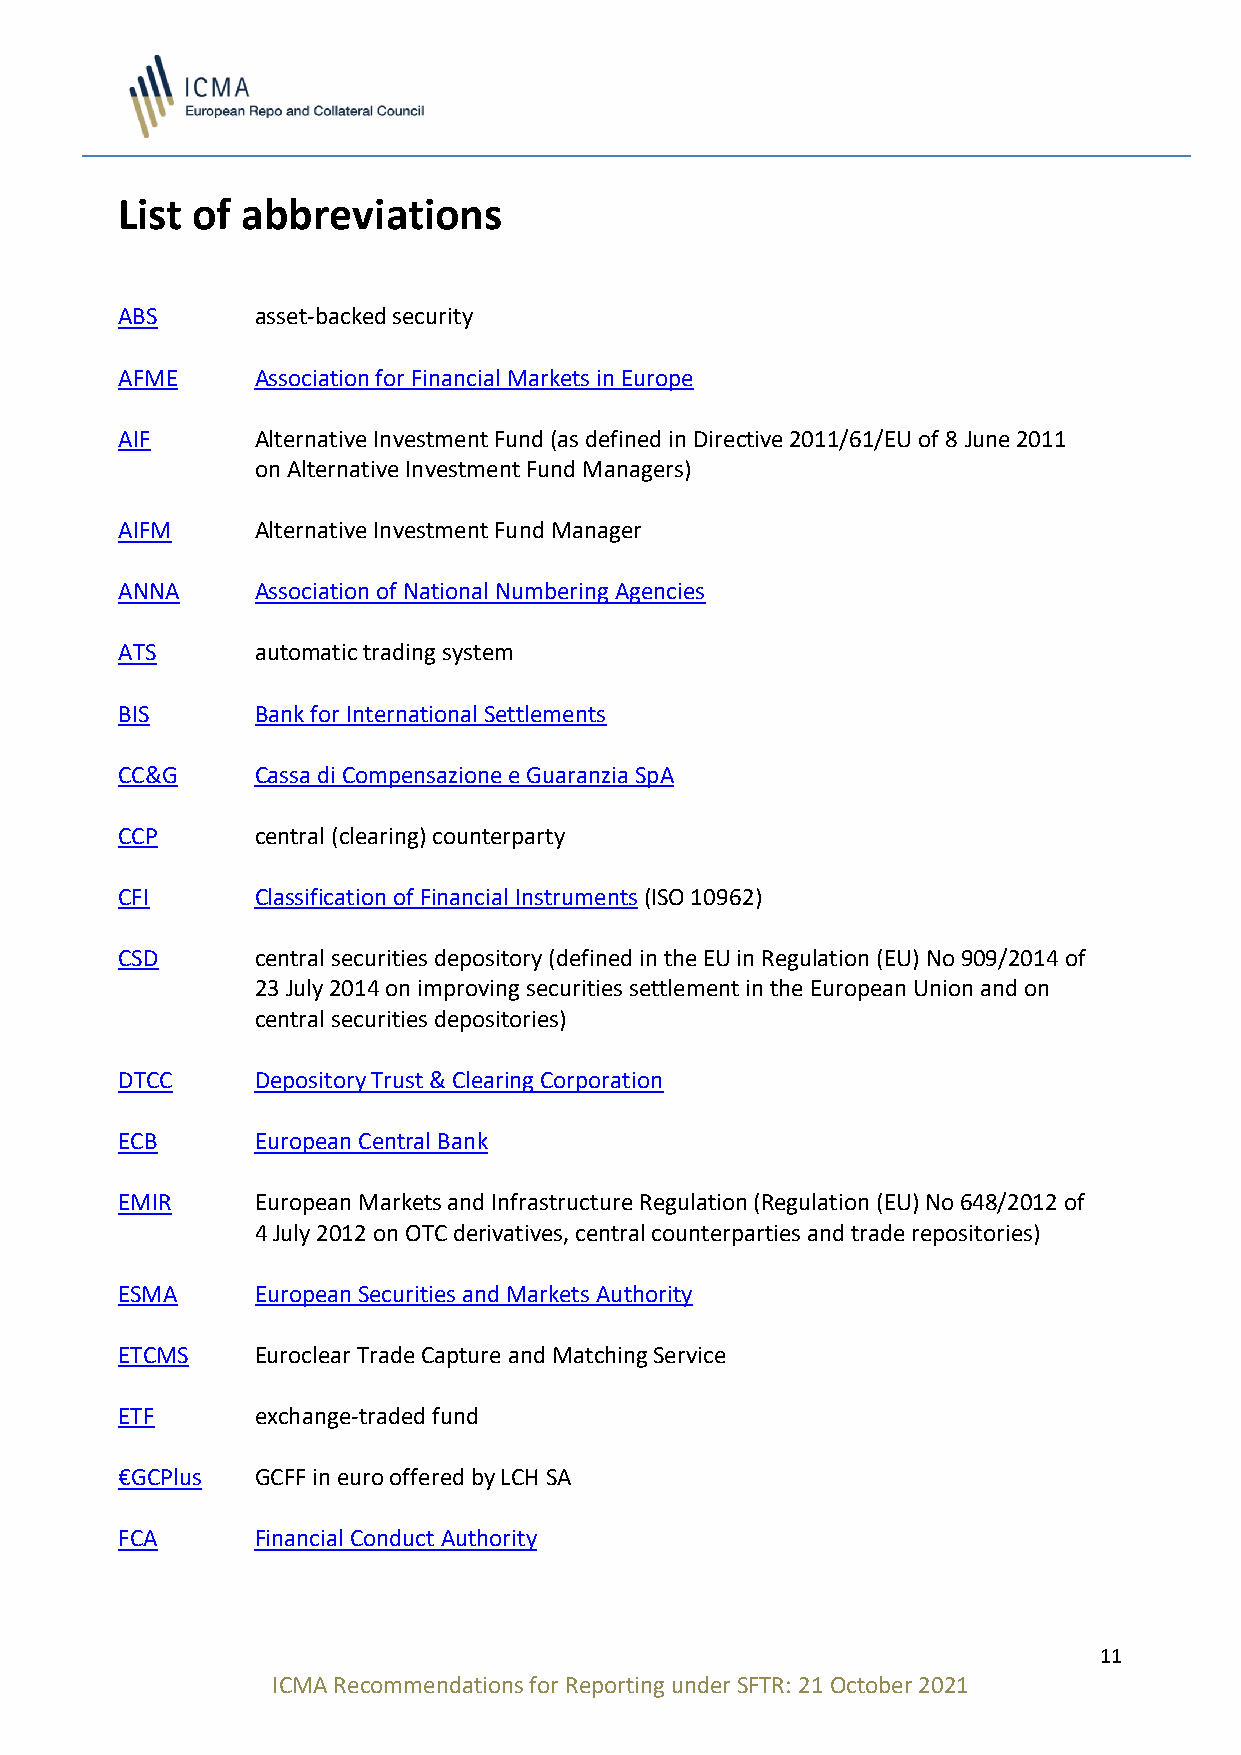
List of abbreviations
 ABS      asset-backed security
 AFME     Association for Financial Markets in Europe
 AIF      Alternative Investment Fund (as defined in Directive 2011/61/EU of 8 June 2011
 on Alternative Investment Fund Managers)
 AIFM     Alternative Investment Fund Manager
 ANNA     Association of National Numbering Agencies
 ATS      automatic trading system
 BIS      Bank for International Settlements
 CC&G     Cassa di Compensazione e Guaranzia SpA
 CCP      central (clearing) counterparty
 CFI      Classification of Financial Instruments (ISO 10962)
 CSD      central securities depository (defined in the EU in Regulation (EU) No 909/2014 of
 23 July 2014 on improving securities settlement in the European Union and on
 central securities depositories)
 DTCC     Depository Trust & Clearing Corporation
 ECB      European Central Bank
 EMIR     European Markets and Infrastructure Regulation (Regulation (EU) No 648/2012 of
 4 July 2012 on OTC derivatives, central counterparties and trade repositories)
 ESMA     European Securities and Markets Authority
 ETCMS    Euroclear Trade Capture and Matching Service
 ETF      exchange-traded fund
 €GCPlus  GCFF in euro offered by LCH SA
 FCA      Financial Conduct Authority
 11
 ICMA Recommendations for Reporting under SFTR: 21 October 2021